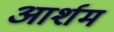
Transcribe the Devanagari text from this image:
आर्शम